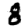
Digit: 8